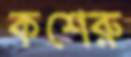
কশেরু